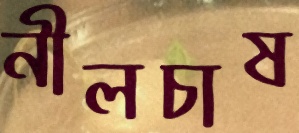
নীলচাষ